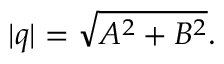
| q | = { \sqrt { A ^ { 2 } + B ^ { 2 } } } .